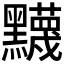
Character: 𬹛